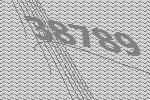
38789